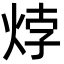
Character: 㶿